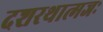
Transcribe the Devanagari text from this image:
दशरथात्मजः